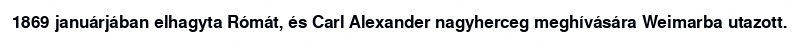
1869 januárjában elhagyta Rómát, és Carl Alexander nagyherceg meghívására Weimarba utazott.